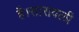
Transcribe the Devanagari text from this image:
है।सारावली